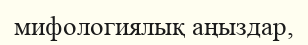
мифологиялық аңыздар,